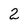
Character: 2